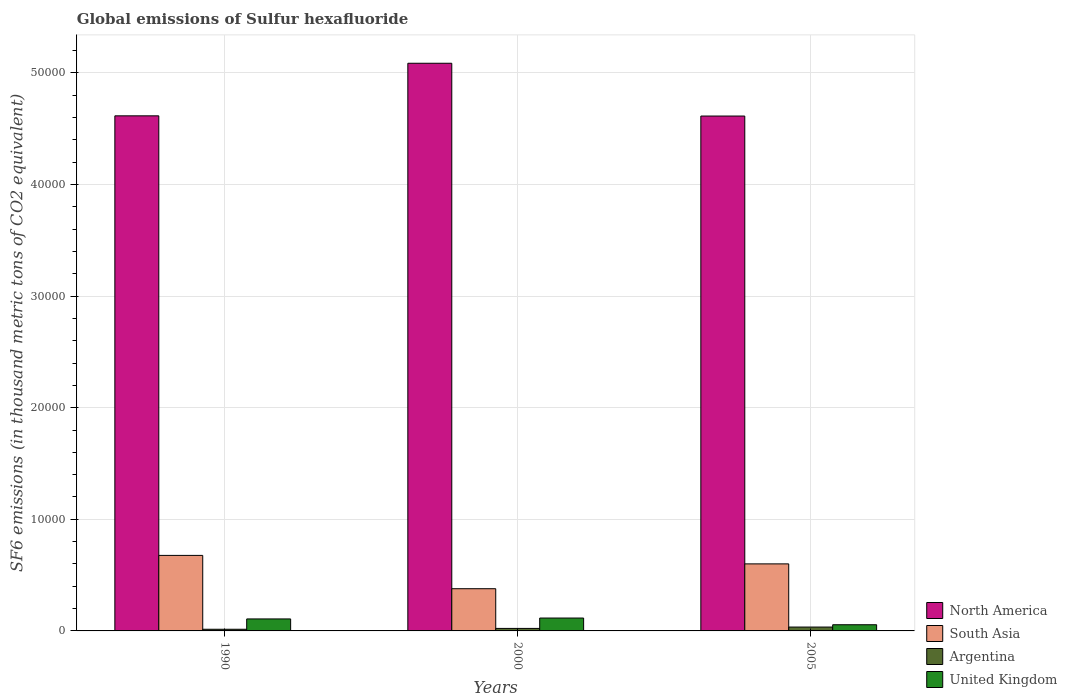
| Years | North America | South Asia | Argentina | United Kingdom |
 | --- | --- | --- | --- | --- |
 | 1990 | 4.62e+04 | 6.77e+03 | 150 | 1.07e+03 |
 | 2000 | 5.09e+04 | 3.78e+03 | 224 | 1.15e+03 |
 | 2005 | 4.61e+04 | 6.01e+03 | 346 | 554 |